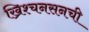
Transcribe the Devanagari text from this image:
ख्रिश्चनसनची